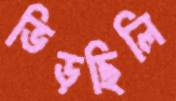
ভিড়ছিলি